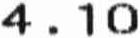
4.10